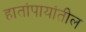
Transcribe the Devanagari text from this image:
हातांपायांतील